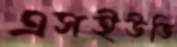
এসইউভি